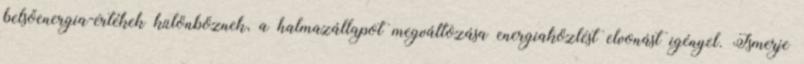
belsőenergia-értékek különböznek, a halmazállapot megváltozása energiaközlést elvonást igényel. Ismerje